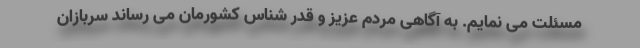
مسئلت می نمایم. به آگاهی مردم عزیز و قدر شناس کشورمان می رساند سربازان